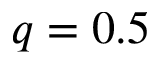
q = 0 . 5